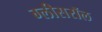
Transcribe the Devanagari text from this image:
ग्लीसरॉल